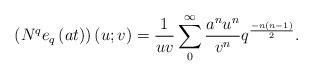
LaTeX: \begin{align*}\left( N^{q}e_{q}\left( at\right) \right) \left( u;v\right) =\frac{1}{uv}\sum\limits_{0}^{\infty }\frac{a^{n}u^{n}}{v^{n}}q^{\frac{-n\left(n-1\right) }{2}}. \end{align*}